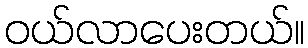
ဝယ်လာပေးတယ်။